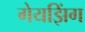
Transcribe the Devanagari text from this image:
गेयझिंग